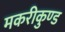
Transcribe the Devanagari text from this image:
मकरीकुण्‍ड